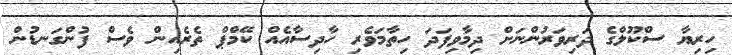
ހިރިޔާ ސްކޫލްގެ ދަރިވަރުންނަށް ދިމާވިފަދަ ހިތާމަވެރި ހާދިސާއެއް ކޭމްޕް ތެރެއިން ވެސް ފުންގަނޑުން